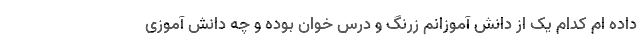
داده ام کدام یک از دانش آموزانم زرنگ و درس خوان بوده و چه دانش آموزی